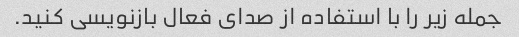
جمله زیر را با استفاده از صدای فعال بازنویسی کنید.